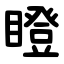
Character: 瞪